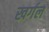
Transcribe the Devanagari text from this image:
खर्गल